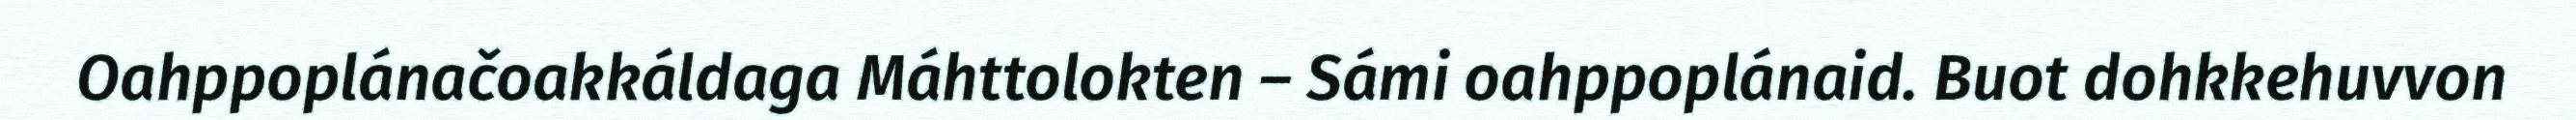
Oahppoplánačoakkáldaga Máhttolokten – Sámi oahppoplánaid. Buot dohkkehuvvon